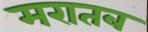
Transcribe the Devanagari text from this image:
मरातब